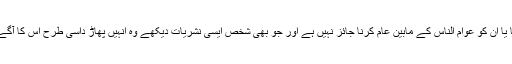
ایسی نشریات کا پھیلانا یا ان کو عوام الناس کے مابین عام کرنا جائز نہیں ہے اور جو بھی شخص ایسی نشریات دیکھے وہ انہیں پھاڑ داسی طرح اس کا آگے پھیلانا بھی حرام ہے۔